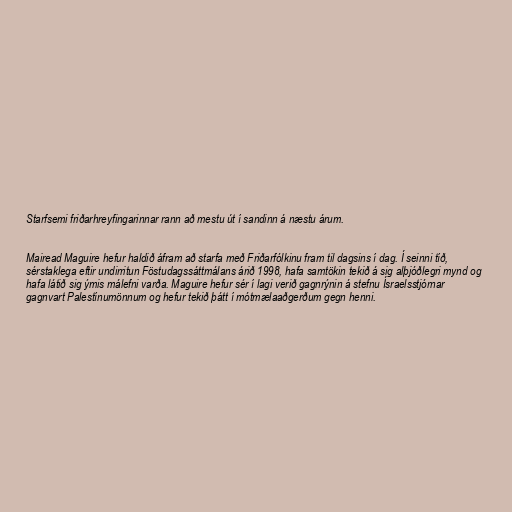
Starfsemi friðarhreyfingarinnar rann að mestu út í sandinn á næstu árum.

Mairead Maguire hefur haldið áfram að starfa með Friðarfólkinu fram til dagsins í dag. Í seinni tíð,
sérstaklega eftir undirritun Föstudagssáttmálans árið 1998, hafa samtökin tekið á sig alþjóðlegri mynd og
hafa látið sig ýmis málefni varða. Maguire hefur sér í lagi verið gagnrýnin á stefnu Ísraelsstjórnar
gagnvart Palestínumönnum og hefur tekið þátt í mótmælaaðgerðum gegn henni.